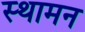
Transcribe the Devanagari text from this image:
स्थामन